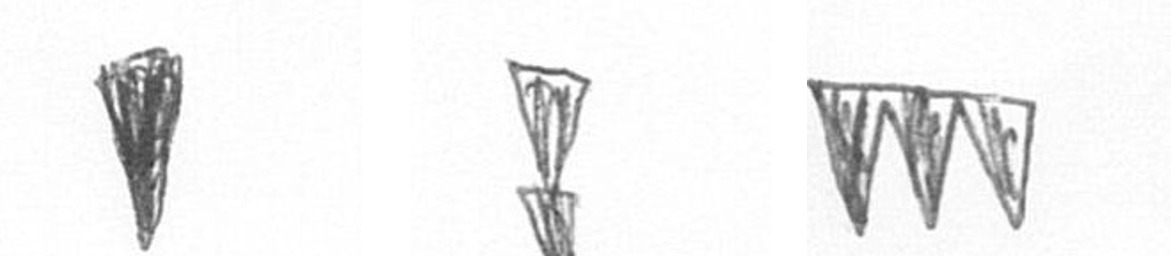
J Z L